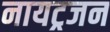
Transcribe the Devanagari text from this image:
नायट्रजन